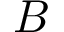
B